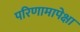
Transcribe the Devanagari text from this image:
परिणामापेक्षा